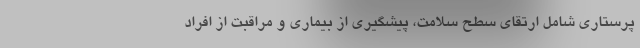
پرستاری شامل ارتقای سطح سلامت، پیشگیری از بیماری‌ و مراقبت از افراد